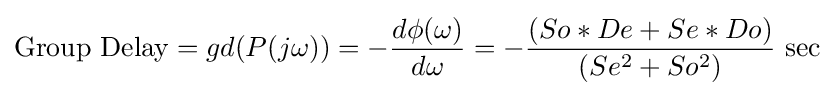
{\text{Group Delay}}=gd(P(j\omega ))=-{\frac {d\phi (\omega )}{d\omega }}=-{\frac {(So*De+Se*Do)}{(Se^{2}+So^{2})}}{\text{ sec}}